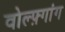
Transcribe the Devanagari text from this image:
वोल्फ़्गांग